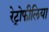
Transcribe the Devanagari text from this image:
रेट्रोफीलिया